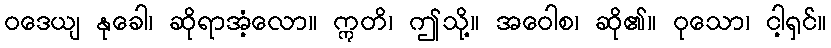
ဝဒေယျ နုခေါ၊ ဆိုရာအံ့လော။ ဣတိ၊ ဤသို့။ အဝေါစ၊ ဆို၏။ ဝုသော၊ ငါ့ရှင်။